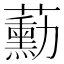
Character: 蘍